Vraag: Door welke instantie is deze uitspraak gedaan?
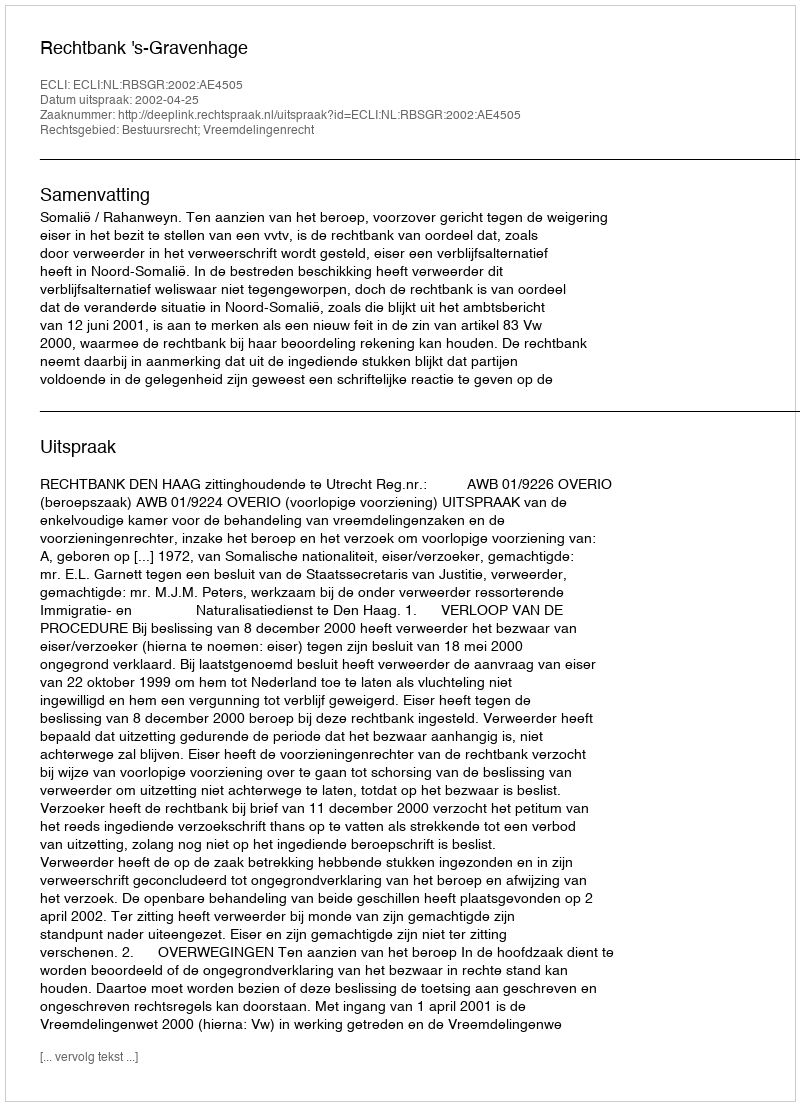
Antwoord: Rechtbank 's-Gravenhage